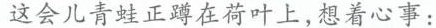
这会儿青蛙正蹲在荷叶上，想着心事：